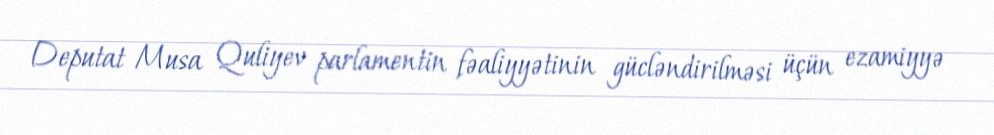
Deputat Musa Quliyev parlamentin fəaliyyətinin gücləndirilməsi üçün ezamiyyə